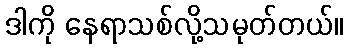
ဒါကို နေရာသစ်လို့သမုတ်တယ်။